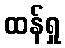
ထန်ရှု